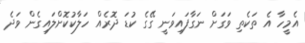
އެމީހާ އެ ތަކެތި ވަގަށް ނަގާފައިވަނީ ގޭގެ ކުޑަ ދޮރެއް ހަލާކުކޮށްލައިގެން ވަދެ